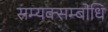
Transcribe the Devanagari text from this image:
सम्यक्सम्बोधि